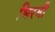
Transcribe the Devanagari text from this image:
भिरमी